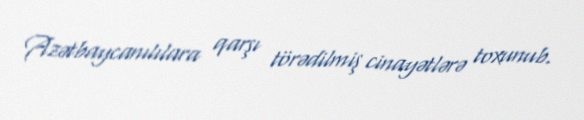
Azətbaycanılılara qarşı törədilmiş cinayətlərə toxunub.